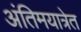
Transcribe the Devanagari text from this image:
अंतिमयात्रेत